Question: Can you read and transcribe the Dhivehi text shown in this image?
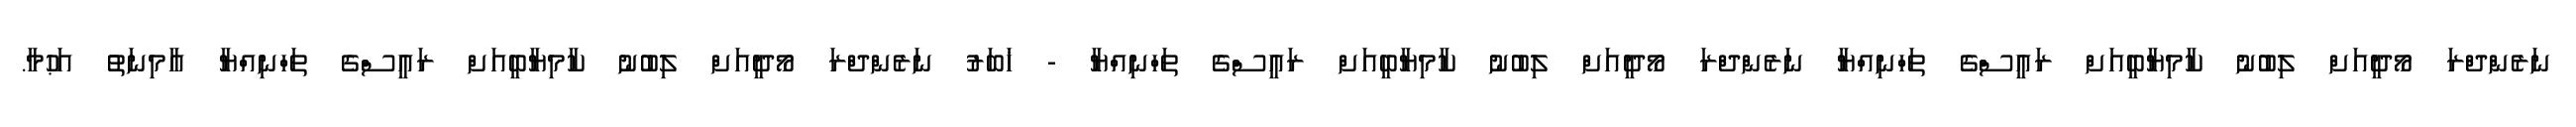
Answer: ނަރެންދްރަ މޯދީއަށް ލިބުނު ކާމިޔާބީއަށް ރައީސްގެ ތަހްނިއްޔާ ނަރެންދްރަ މޯދީއަށް ލިބުނު ކާމިޔާބީއަށް ރައީސްގެ ތަހްނިއްޔާ - ޚަބަރު ނަރެންދްރަ މޯދީއަށް ލިބުނު ކާމިޔާބީއަށް ރައީސްގެ ތަހްނިއްޔާ އާމިނަތު އަޙުމާ.